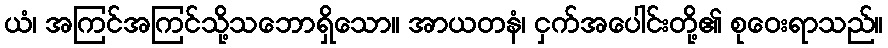
ယံ၊ အကြင်အကြင်သို့သဘောရှိသော။ အာယတနံ၊ ငှက်အပေါင်းတို့၏ စုဝေးရာသည်။